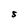
Character: S